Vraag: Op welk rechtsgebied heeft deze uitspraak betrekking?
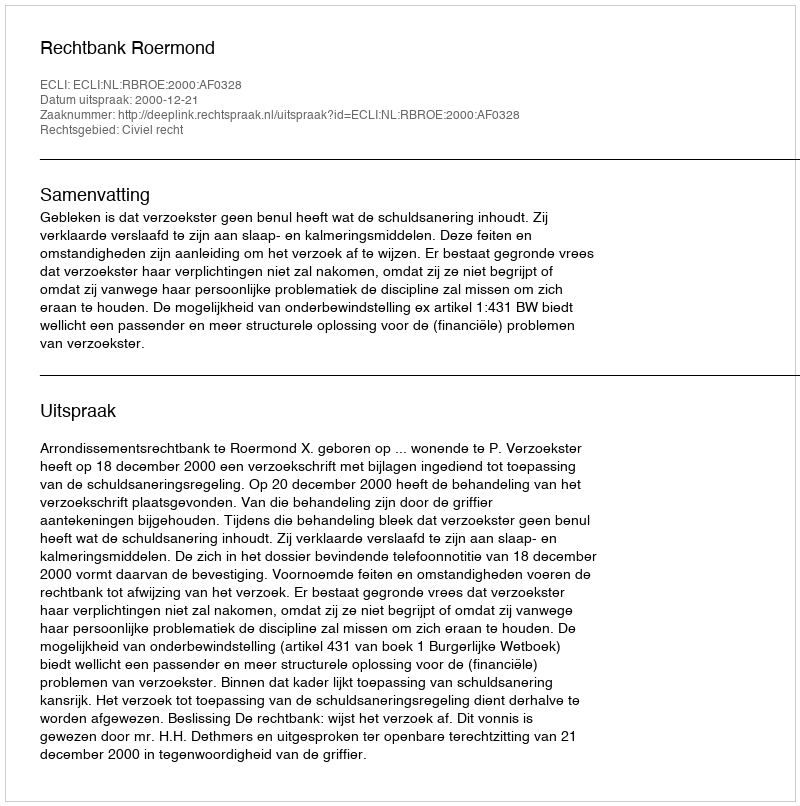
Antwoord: Civiel recht